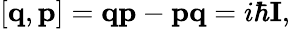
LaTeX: [\textbf{q},\textbf{p}]=\textbf{q}\textbf{p}-\textbf{p}\textbf{q}=i\hbar\textbf{I},